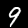
Label: 9